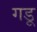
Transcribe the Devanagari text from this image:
गडू